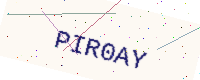
Text: PIR0AY